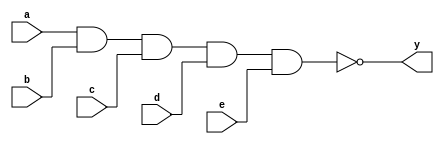
module xup_nand5 #(parameter DELAY = 3)(
    input a,
    input b,
    input c,
    input d,
    input e,
    output y
    );
    
    nand #DELAY (y,a,b,c,d,e);
    
endmodule